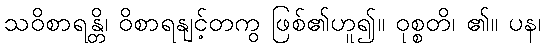
သဝိစာရန္တိ၊ ဝိစာရနျင့်တကွ ဖြစ်၏ဟူ၍။ ဝုစ္စတိ၊ ၏။ ပန၊